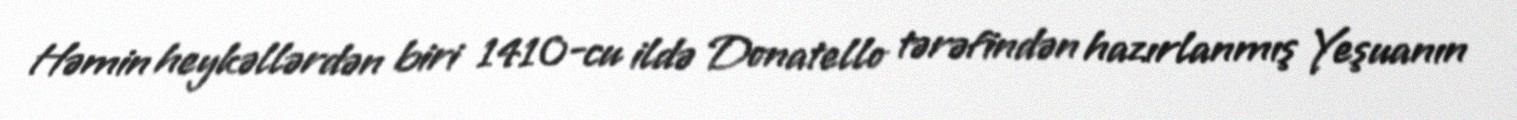
Həmin heykəllərdən biri 1410-cu ildə Donatello tərəfindən hazırlanmış Yeşuanın